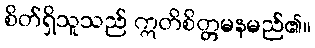
စိတ်ရှိသူသည် ဣတိစိတ္တမနမည်၏။